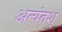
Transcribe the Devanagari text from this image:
अत्यंतश्